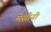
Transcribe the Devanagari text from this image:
मेसीनी